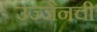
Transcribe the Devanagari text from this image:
उज्जैनची